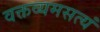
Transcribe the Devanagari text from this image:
वक्तव्यमसत्यं